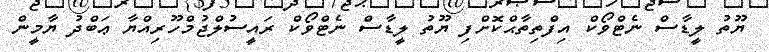
ޔޫތު ލީޑާސް ނެޓްވޯކް އިފްތިތާޙްކޮށްފި ޔޫތު ލީޑާސް ނެޓްވޯކް ރައީސުލްޖުމްހޫރިއްޔާ ޢަބްދު ޔާމީން